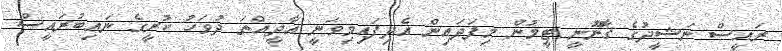
ރައީސް ނަޝީދުގެ ޤާނޫނީ ޓީމުން މިފަދައިން އެދިފައިމިވަނީ އާދީއްތަ ދުވަހު ކުރީގެ ނައިބުރައީސް